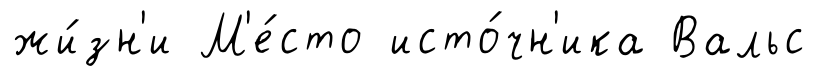
жи́зн'и М'е́сто исто́чн'ика Вальс